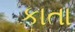
કાતા